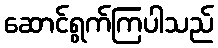
ဆောင်ရွက်ကြပါသည်